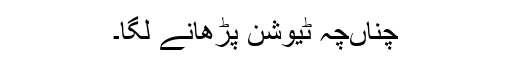
چناںچہ ٹیوشن پڑھانے لگا۔